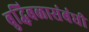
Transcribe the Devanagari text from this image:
बुद्धिबळासंबंधी